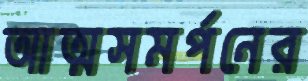
আত্মসমর্পনের